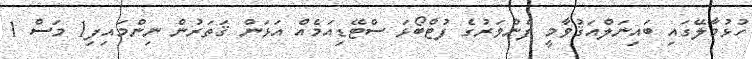
ހުޅުމާލޭގައި ބައިނަލްއަޤުވާމީ ފެންވަރުގެ ފުޓްބޯޅަ ސްޓޭޑިއަމެއް އަޅަން ޤަތަރުން ނިންމައިފި1 މަސް 1